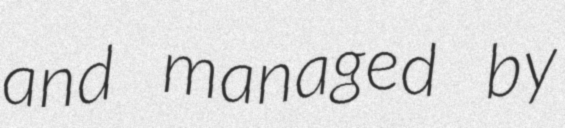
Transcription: and managed by